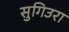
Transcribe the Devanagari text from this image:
सुगिउरा